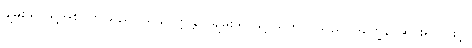
ချမ်းသာသို့အစဉ်ကျသည်။ သုခါဝက္ကန္တာ၊ ချမ်းသာသို့ သက်ဝင်သည်။ ဒုက္ခေန၊ ဆင်းရဲသဖြင့်။